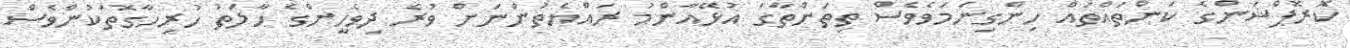
ކޮރޮޕްޝަންގެ ކަންތައްތައް ހިންގިނަމަވެވެސް ތިތަންތާގަ އުޅޭއާންމު ރައްޔެތުންނަށް ވުރެ ދިވެހީންގެ ހާލަތު ހުރިހާގޮތަކުންވެސް